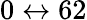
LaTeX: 0\leftrightarrow 62